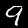
Label: 9